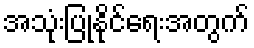
အသုံးပြုနိုင်ရေးအတွက်